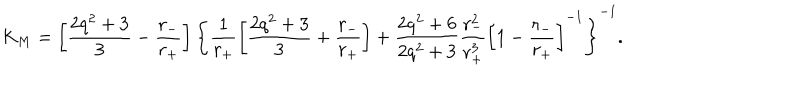
K _ { M } = \left[ \frac { 2 q ^ { 2 } + 3 } { 3 } - \frac { r _ { - } } { r _ { + } } \right] \left\{ \frac { 1 } { r _ { + } } \left[ \frac { 2 q ^ { 2 } + 3 } { 3 } + \frac { r _ { - } } { r _ { + } } \right] + \frac { 2 q ^ { 2 } + 6 } { 2 q ^ { 2 } + 3 } \frac { r _ { - } ^ { 2 } } { r _ { + } ^ { 3 } } \left[ 1 - \frac { r _ { - } } { r _ { + } } \right] ^ { - 1 } \right\} ^ { - 1 } .